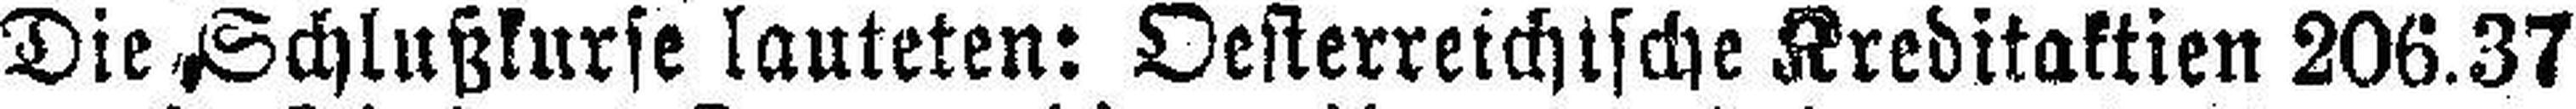
Die Schlußkurse lauteten: Oesterreichische Kreditaktien 206.37